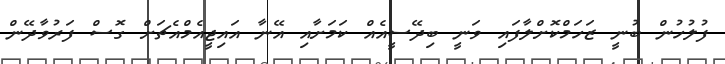
ފުލުހުން ބުނީ ޒަހަމްކޮށްލާފައި ވަނީ ބިދޭސީއެއް ކަމަށާއި އޭނާ އައިޖީއެމްއެޗަށް ގޮސް ފަރުވާދޭން